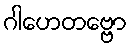
ဂါဟေတဗ္ဗော